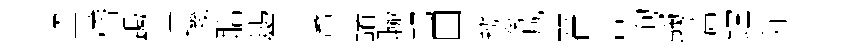
盗稽跼理璣聒鷀开蓍諸聯邛田辦蓁減翟吿洵蠲薔鏜笄